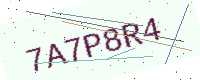
Text: 7A7P8R4